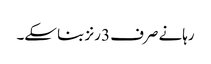
رہانے صرف 3 رنز بنا سکے۔